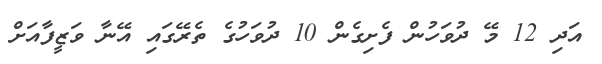
އަދި 12 މޭ ދުވަހުން ފެށިގެން 10 ދުވަހުގެ ތެރޭގައި އޭނާ ވަޒީފާއަށް